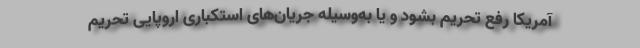
آمریکا رفع تحریم بشود و یا به‌وسیله جریان‌های استکباری اروپایی تحریم